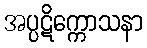
အပ္ပဋိက္ကောသနာ